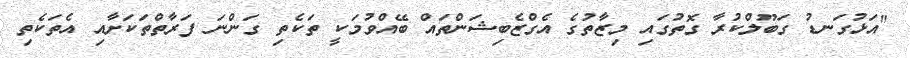
"އަޅުގަނޑު ގަބޫލްކުރާ ގޮތުގައި މިޒާތުގެ އެގްޒެބިޝަންތައް ބޭއްވުމަކީ ތަކެތި ގަންނަ ފަރާތްތަކަށާއި އެތަކެތި